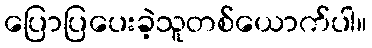
ပြောပြပေးခဲ့သူတစ်ယောက်ပါ။